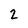
Character: 2